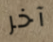
آخر